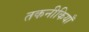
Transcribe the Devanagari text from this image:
तकनीकियाँ